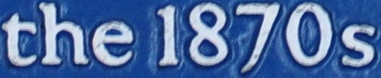
the 1870s